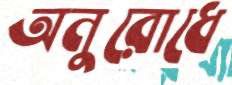
অনুরোধে